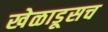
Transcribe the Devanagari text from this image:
खेळाडूसच